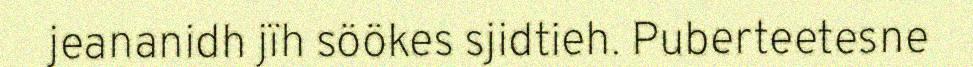
jeananidh jïh söökes sjidtieh. Puberteetesne